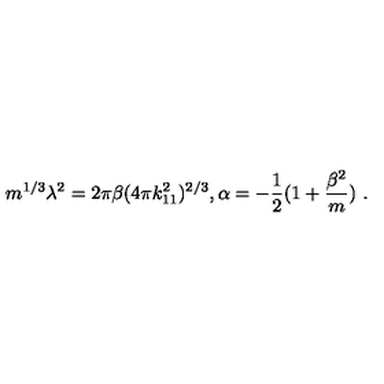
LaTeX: m ^ { 1 / 3 } \lambda ^ { 2 } = 2 \pi \beta ( 4 \pi k _ { 1 1 } ^ { 2 } ) ^ { 2 / 3 } , \alpha = - { \frac { 1 } { 2 } } ( 1 + { \frac { \beta ^ { 2 } } { m } } ) \ .